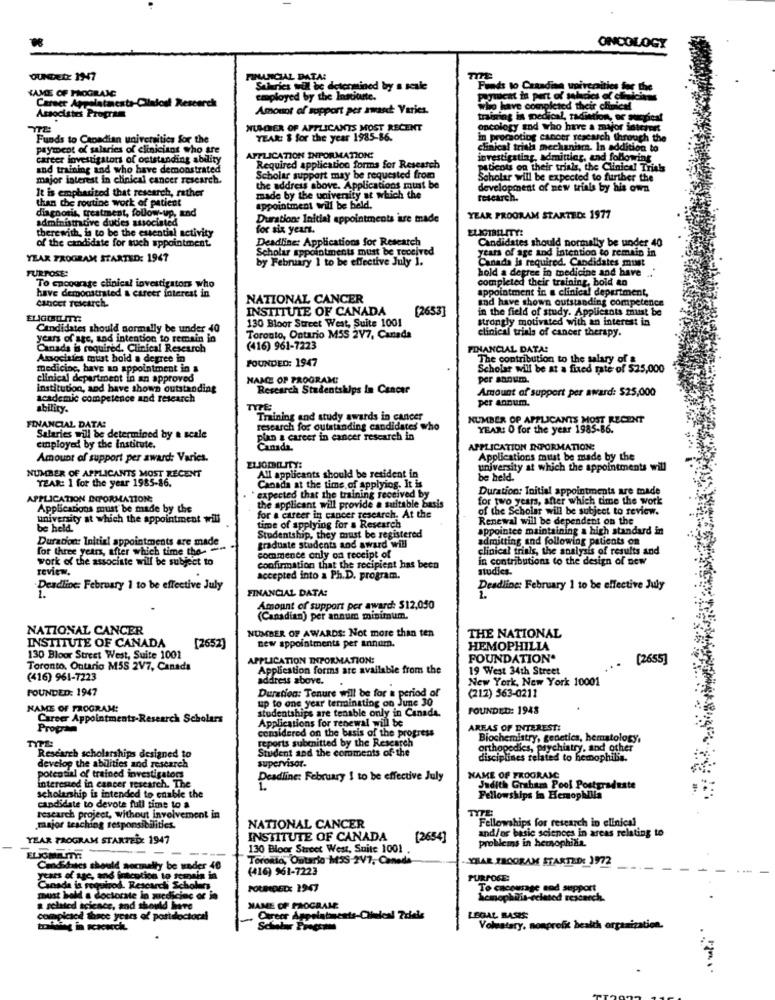
ONCOLOGY
OUNDED: 1947
FINANCIAL DATA:
YAME OF PROGRAMC
determined by s scale
Funds to Craadian voirccaltics for the
Career Aspalataesta-Cliniodl Research
employed by the Institute.
Payucht ta pert of salaries of chi
Amount of support per swan Varies.
who have completed their choicel
Associates Program
training in medical, radiation, er surgical
NUMBER OF APPLICANTS MOST RECENT
oncology and who have a major interert
Funds to Canadian universitics for the
YEAR: $ for the year 1985-86.
in promoting cancer research through the
payment of salaries of clinicians who are
clinical trial mechanism. In addition to
career investigators of outstanding ability
APPLICATION INFORMATION:
Required application forms for Research
investigating, admittier, and following
and training and who have demonstrated
plticou on their trials, the Clinical Trials
major interest in clinical cancer research.
Scholar support may be requested from
Scholar will be expected to further the
It is empharited that research, rather
the address above. Applications must be
development of new trials by his own
made by the university at which the
tesearch.
than the routine work of patient
diagnosis, treatment, follow-up, and
appointment will be held.
administrative duties associated
Duration: Initial appointments are made
YEAR PROGRAM STARTED: 1977
therewith, is to be the essential activity
for six years.
ELIGIBILITY!
of the candidate for such appointment.
Deadline: Applications for Research
Candidates should normally be under 40
Scholar appointments must be received
years of age and intention to remain in
YEAR PROGRAM STARTED: 1947
by February 1 to be effective July 1.
Canada is required. Candidates must
FURPOSE:
hold a degree in medicine and have .
To encourage clinical investigators who
completed their training, bold ao
have demonstrated & career interest in
appointment in a clinical department,
cancer research.
NATIONAL CANCER
and have shown outstanding competence
INSTITUTE OF CANADA
(2653]
in the field of study. Applicants must be
130 Bloor Street West, Suite 1001
strongly motivated with an interest in
Candidates should normally be under 40
clinical trials of cancer therapy.
years of age, and intention to remain in
Toronto, Ontario M5S 2V7, Canada
Canada is required, Clinical Research
(416) 961-7223
FINANCIAL DATA!
Associates mit hold a degree in
The contribution to the salary of a
medicinc, have an appointment in &
FOUNDED: 1947
Scholar will be at a fixed rate of $25,000
clinical department in an approved
NANCE OP PROGRAM!
per annum.
institution, and have shown outstanding
Research Studentshulps In Cancer
Amount of support per award: $25,000
academic competence and research
per annum.
ability.
Training and study awards in cancer
NUMBER OF APPLICANTS MOST RECENT
FINANCIAL DATA:
research for outstanding candidates who
YEAR: O for the year 1985-86.
Salaries will be determined by a scale
plan & career in cancer research in
cinployed by the Institute.
Canada.
APPLICATION INFORMATION:
Amount of support per award: Varies.
Applications must be made by the
university at which the appointments will
NUMBER OF APPLICANTS MOST RECENT
YEAR: 1 for the year 1985-86.
All applicants should be resident in
be held.
Canada at the time of applying. It is
Duration: Initial appointments are made
APPLICATION INFORMATION:
expected that the training received by
the applicant will provide a suitable basis
for two years, after which time the work
Applications must be made by the
of the Scholar will be subject to review.
university at which the appointment will
for a career in cancer research. At the
Renewal will be dependent on the
be held.
time of applying for a Research
appointce maintaining a high standard in
Duration: Initial appointments are made
Studentship, they must be registered
admitting and following patients on
for three years, after which time the --
graduate students and award will
clinical trials, the analysis of results and
work of the associate will be subject to
commence only on receipt of
in contributions to the design of new
review.
confirmation that the recipient has been
studies.
accepted into a Ph.D. program.
Deadline: February 1 to be effective July
FINANCIAL DATA:
Deadline: February 1 to be effective July
Amount of support per award: $12,050
(Canadian) per annum minimum.
NATIONAL CANCER
INSTITUTE OF CANADA
NUMBER OF AWARDS: Not more than ten
THE NATIONAL
[2652]
new appointments per annum.
HEMOPHILIA
130 Bloor Street West, Suite 1001
APPLICATION INFORMATION:
FOUNDATION*
[2655]
Toronto, Ontario M5S 2V7, Canada
Application forms are available from the
19 West 34th Street
(416) 961-7223
address above.
New York, New York 10001
FOUNDED: 1947
Duration: Tenure will be for a period of
(212) 563-0211
up to one year terminating on June 30
NAME OF PROGRAM:
tudentships are tenable only in Canada.
FOUNDED: 1948
Career Appointments-Research Scholars
Applications for renewal will be
Program
considered on the basis of the progress
AREAS OF INTEREST:
Biochemistry, genetics, hematology,
Student and the comments of the
ports submitted by the Research
ychiatry, and other
Research scholarships designed to
supervisor.
disciplines related to hemophilia.
develop the abilities and research
potential of trained investigators
Deadline: February 1 to be effective July
NAME OF PROGRAM
interested in cancer research. The
Judith Graham Pool Postgraduate
scholarship is intended to enable the
Fellowships in Hemophilia
candidate to devote full time to a
TYTE
research project, without involvement in
Fellowships for research in clinical
major teaching responsibilities.
NATIONAL CANCER
and/or basic sciences in areas relating to
YEAR PROGRAM STARTED: 1947
INSTITUTE OF CANADA
[2654]
problems in hemophilia.
130 Bloor Street West, Suite 1001
Toronto, Ontario MSS 2V7, Canada
YHAR PROGRAM STARTED: 1972
Candidates should normally be wader 40
(416) 961-7223
years of age, and fracotion to scanala in
PURPOSE:
Canada is requisod. Rescarch Scholars
POUNDED: 1947
To encourage and support
must hold a doctorste in zuedicinc or in
Scnophilia-related research.
& related science, and should here
NAME OF PROGRAME
compicsci thace years of postsloctocal
LEGAL BASIS:
Voluntary, nonprofit health organization.